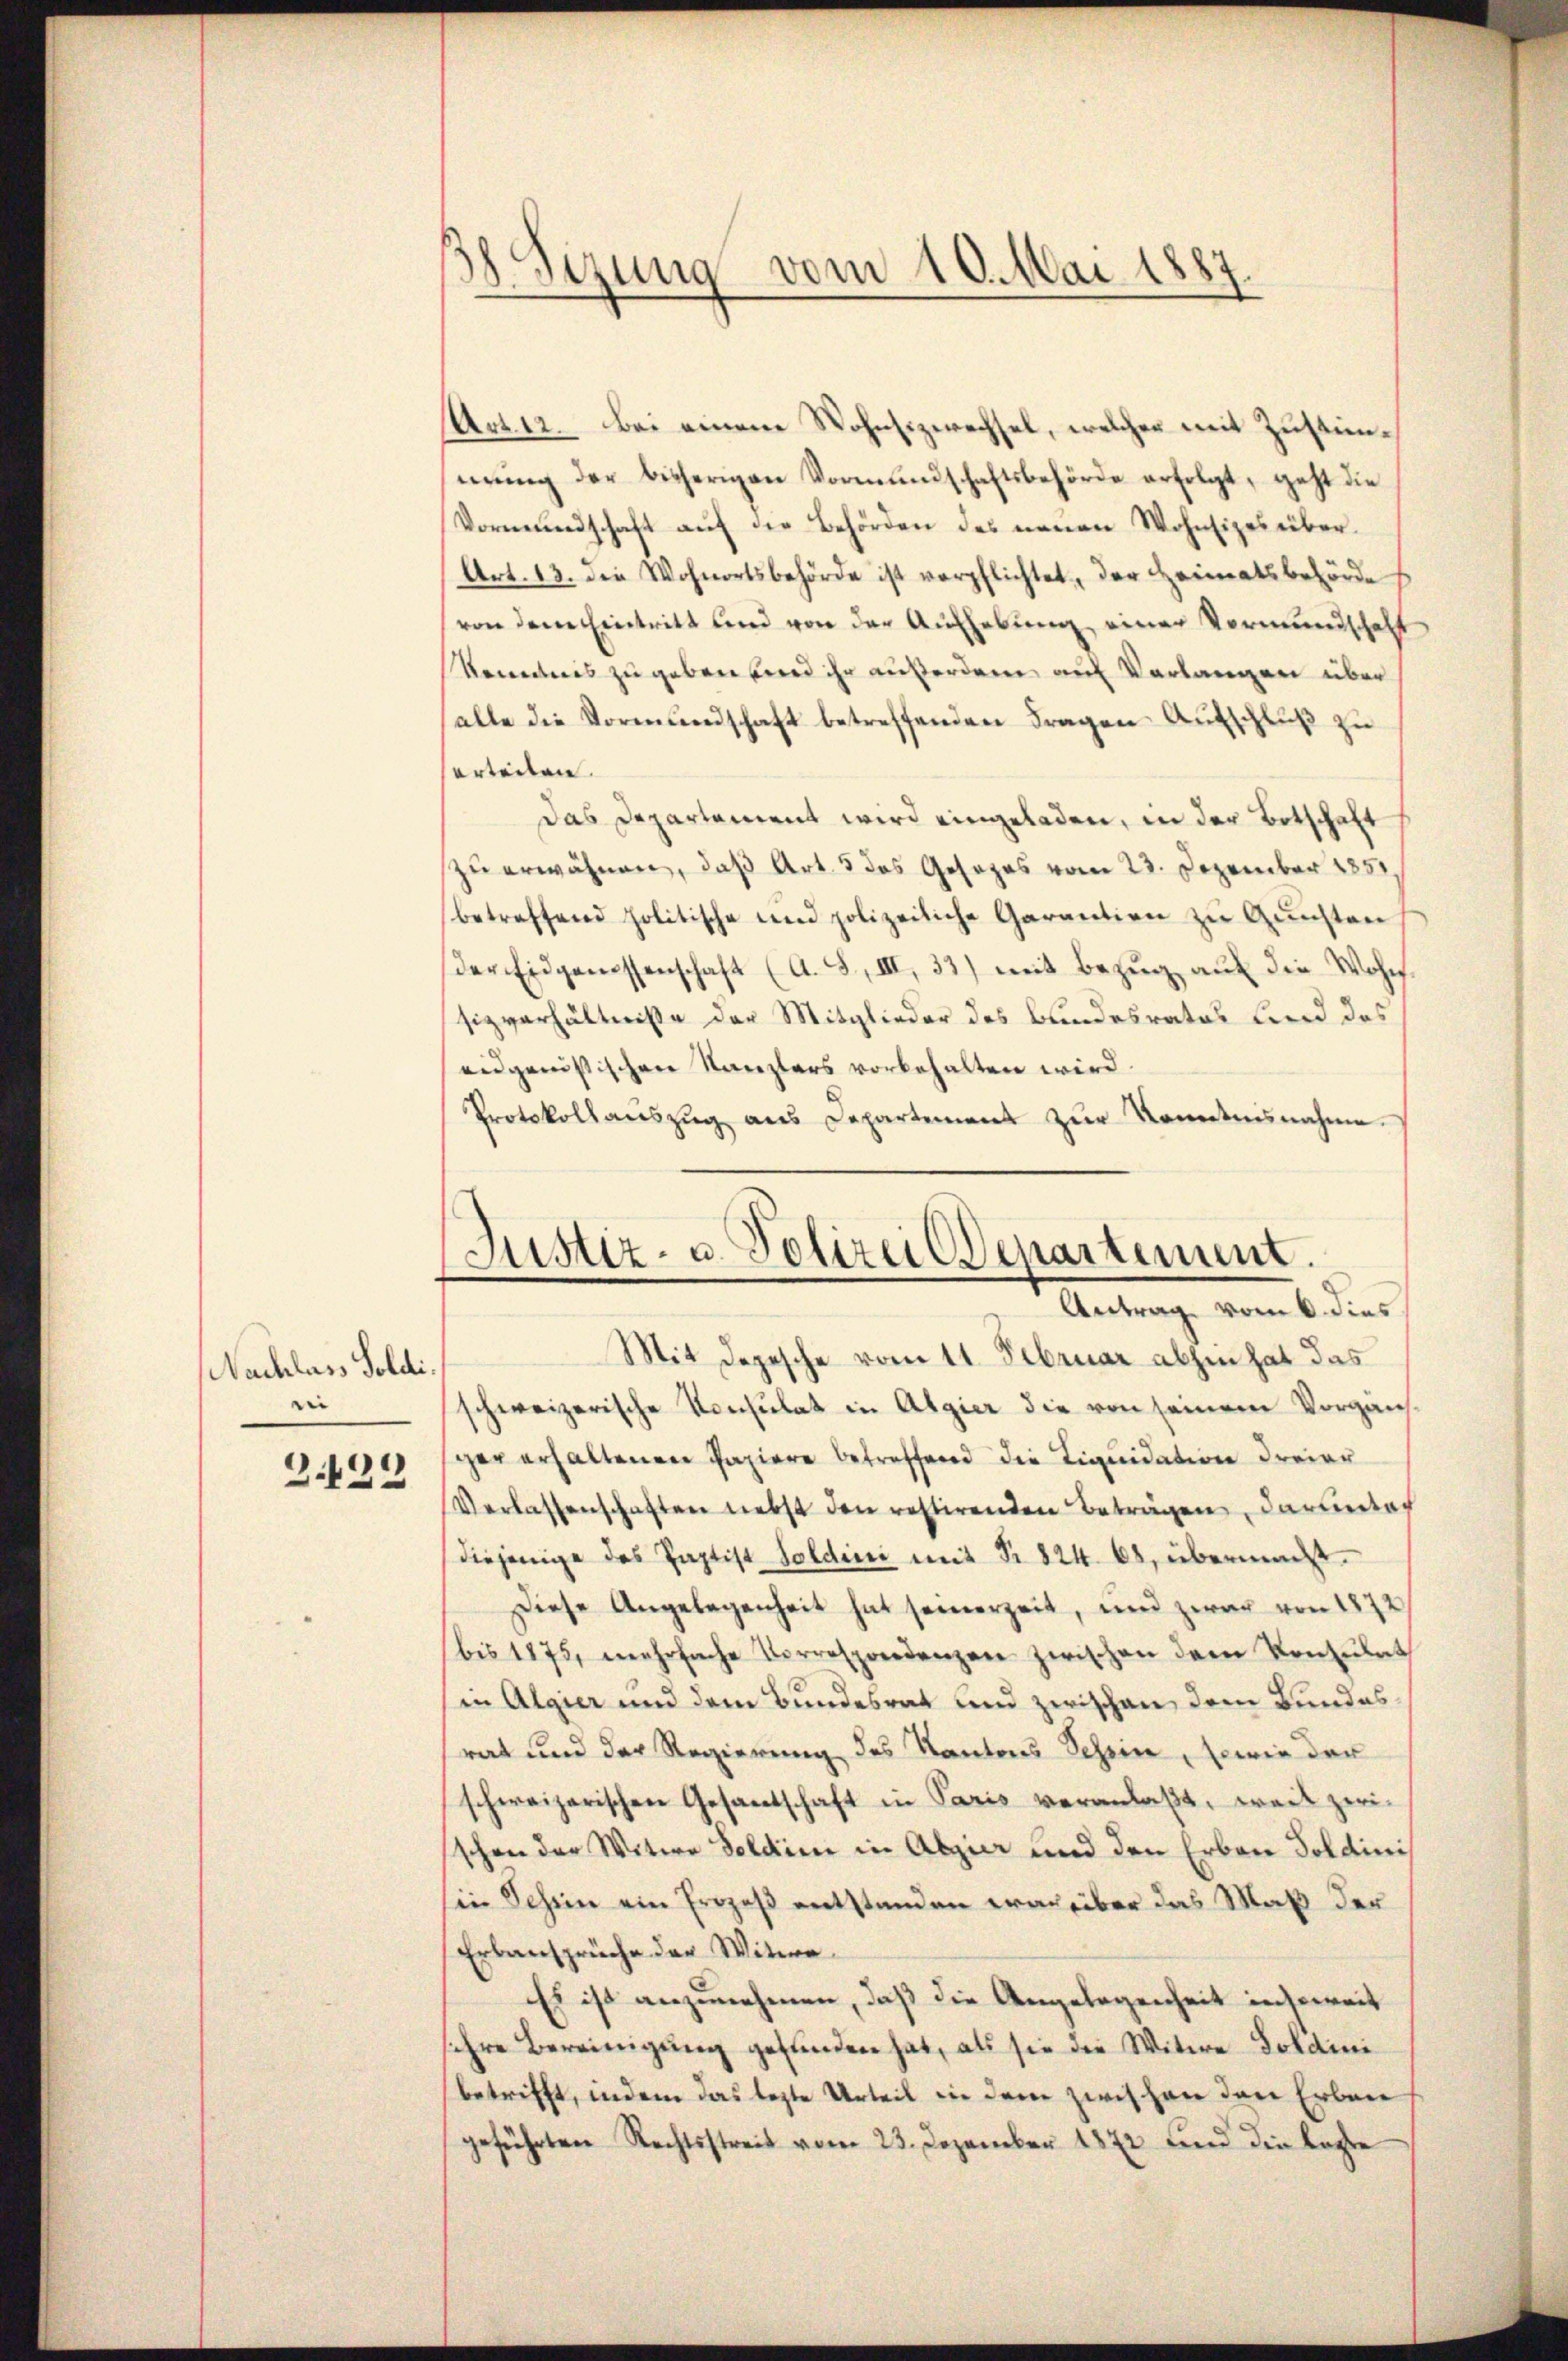
Nachlass Soldie
3429

B8. Sezung vom 10. Mai 1887.

Act. 12. Bei einem Wohnsizwechsel, welcher mit Zustimnŭng der bisherigen Vormŭndschaftsbehörde erfolgt, geht die
Vormundschaft auf die Behörden des neuen Wohnsizei über¬
Art. 13. die Wohnortsbehörde ist verpflichtet, der Heimatsbehörde
von dem Eintritt und von der Aufhebung einer Vormundschaft
Kenntnis zu geben und ihr außerdem auf Verlangen über
alle die Vormundschaft betreffenden Fragen Aufschluß zu
erteilen.
das Departement wird eingeladen, in der Botschaft
zu erwähnen, daß Art. 5 das Gesezes vom 23. Dezember 1851
betreffend politische und polizeiliche Garantien zu Gunsten
der Eidgenossenschaft (A. S. III, 33) mit Bezug auf die Wohn
sizverhältniße der Mitglieder des Bundesrates und des
eidgenössischen Kanzlers vorbehalten wird.
Protokollauszug aus Departement zur Kenntnisnahme.

Justiz- u. Polizei Departement.
Antrag vom 6. dies

Mit Depesche vom 11. Februar abhin hat das
schweizerische Konsulat in Algier die von seinem Vorganger erhaltenen Papiere betreffend die Liquidation dreier
Verlassenschaften nebst den restirenden Beträgen darunterh
diejenige des Paptist Soldini mit Nr. 824. 68, übermacht.
Diese Angelegenheit hat seinerzeit, und zwar von 1872
bis 1875, mehrfache Vorrespondenzen zwischen dem Konsulat
in Algier und dem Bundesrat und zwischen dem Bundes
rat und der Regierung des Kantons Schein, sowie der
schweizerischen Gesandtschaft in Paris veranlaßt, weil zwisschen der Witwe Soldini in Algier und den Erben Soldini
sie Schein ein Prozeß entstanden wacheber das Maß der
Erbansprüche der Witwe
Es ist anzunehmen, daß die Angelegenheit insoweit
sihre Bereinigung gefunden hat, als sie die Witwe Goldini
betrifft, indem das lezte Urteil in dem zwischen den Erben
geführten Rechtsstreit vom 23. Dezember 1872 und die Laste